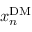
x _ { n } ^ { \mathrm { D M } }